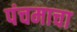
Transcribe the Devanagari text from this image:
पंचमाचा